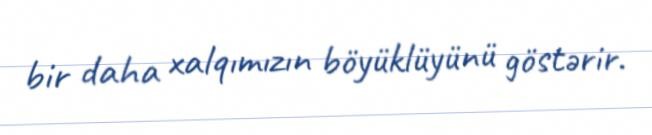
bir daha xalqımızın böyüklüyünü göstərir.